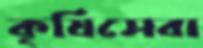
কৃষিসেবা